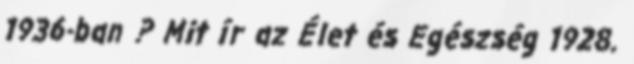
1936-ban ? Mit ír az Élet és Egészség 1928.